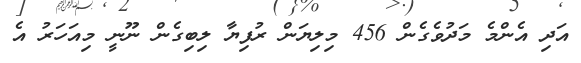
އަދި އެންމެ މަދުވެގެން 456 މިލިޔަން ރުފިޔާ ލިބިގެން ނޫނީ މިއަހަރު އެ